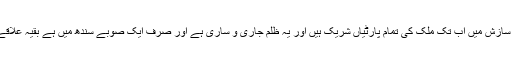
کوٹہ سسٹم کی اس سازش میں اب تک ملک کی تمام پارٹیاں شریک ہیں اور یہ ظلم جاری و ساری ہے اور صرف ایک صوبے سندھ میں ہے بقیہ علاقے اس سے آزاد ہیں۔